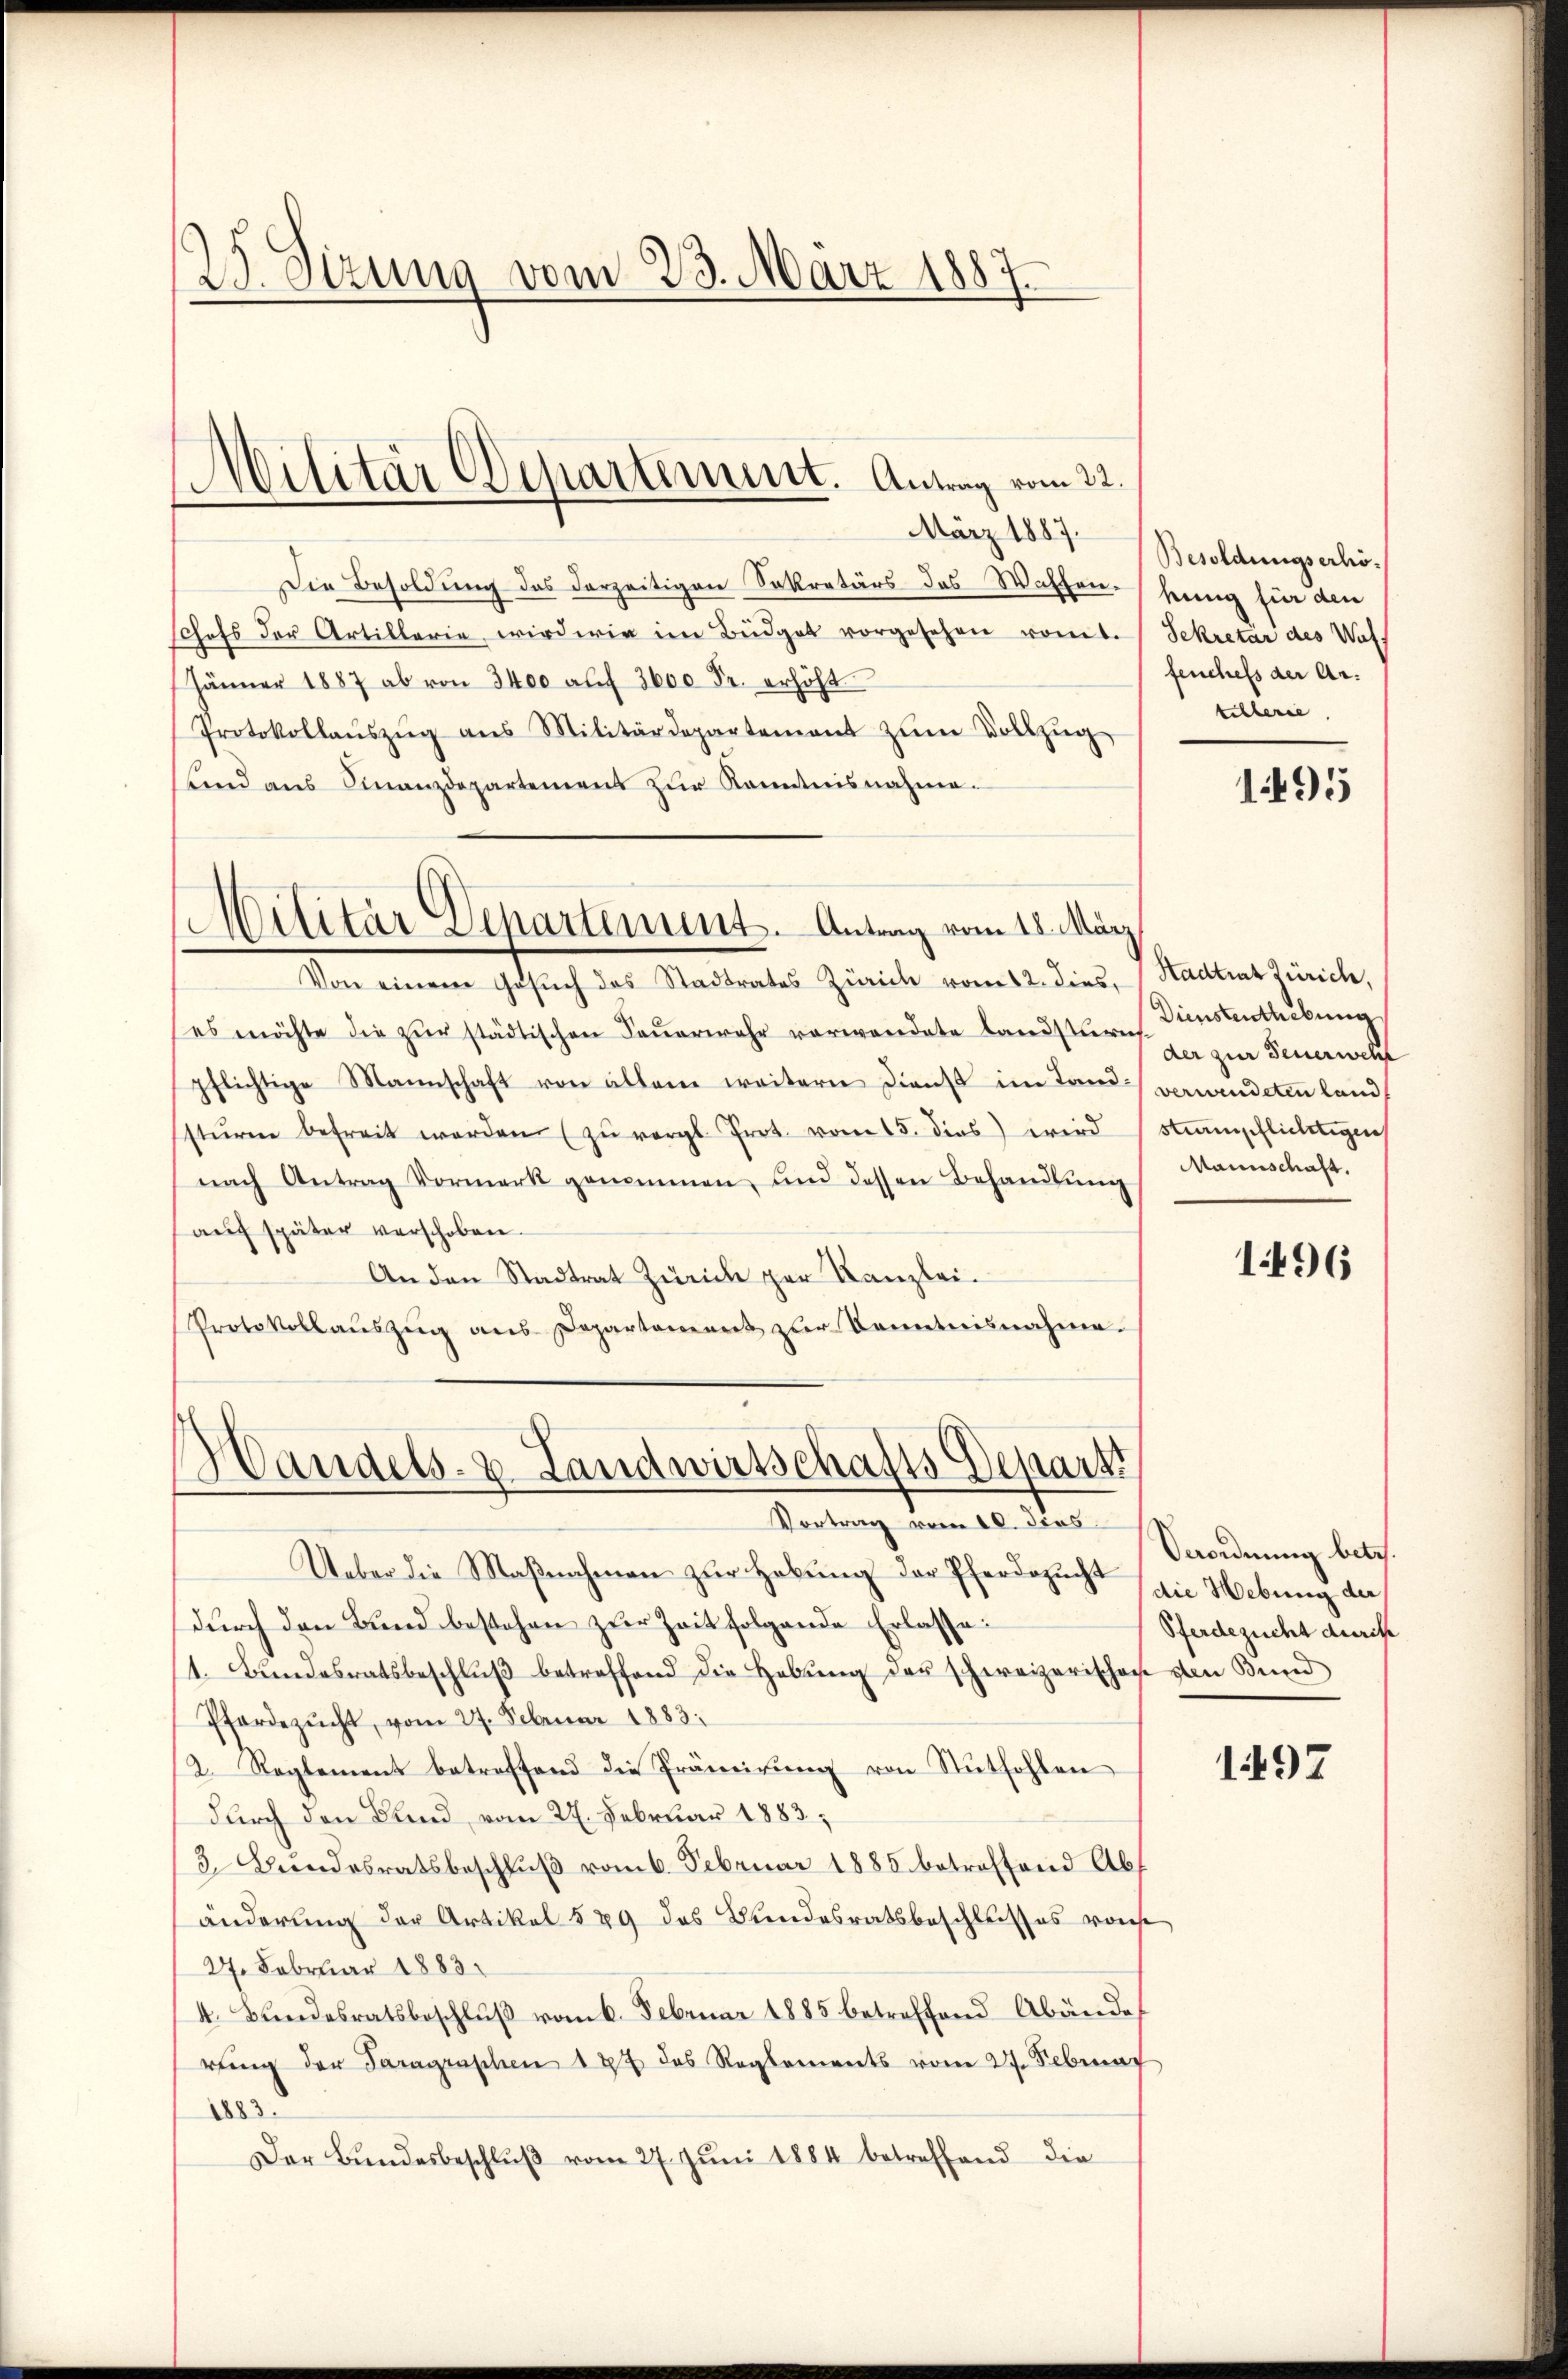
23. Sizung vom 23. März 1887.

März 1887.
Die Besoldung des derzeitigen Sekretärs des Waffen.
schefs der Artillarie wird wie im Büdget vorgesehen vonet.
Jänner 1887 ab von 3400 auf 3000 Fr. erhöht
Protokollaŭszŭg aŭs Militärdepartement zŭm Vollzŭg
unnd aus Finanzdepartement zur Kenntnisnahme.

Militär Departement. Antrag vom 22.

Militär Departement. Antrag vom 18. März

Von einem Gesŭch des Stadtrates Zürich vom 12. dies. Stadtrat Zürich,
es möchte die zŭr städtischen Feŭerwehr verwendete Landsturm
pflichtige Mannschaft von allem weitern Dienst im Land verwendeten land,
stŭrm befreit werden (zŭ vergl. Prot. vom 15. dies wird stampflichtigen
nach Antrag Vormerk genommen, und dessen Behandlŭng
auf später verschoben.
An den Stadtrat Zürich per Kanzlei.
Protokollaŭszŭg ans Departement zŭr Kenntnisnahme.

Handels- u. Landwirtschafts Depart
Vortrag vom 10. Jens

Ueber die Maβnahmen zŭr Hebŭng der Pferdezucht die Hebung der
durch den Bund bestehen zur Zeit folgende Erlasse:
(1. Bundesratsbeschluß betreffend die Hebung der schweizerischon von Bund
Pferdezucht, vom 27. Februar 1883.
2. Reglement betreffend die Prämirung von Stuthohlen
durch den Bund vom 22. Februar 1883,
3. Bundesratsbeschluß vom 6. Februar 1885 betreffend Abf
änderung der Artikel 529 des Bundesratsbeschlußes vonse
27. Februar 1883.
4. Bŭndesratsbeschlŭβ vom 6. Februar 1885 betreffend Abändertung der Paragenschen 187 das Reglements vom 27. Februar
125
Der Bŭndesbeschlŭβ vom 27. Jŭni 1884 betreffend die

Besoldungserhökung für den
Sekretär des Wass
fenchefs der Artilberie

1495

Dienstenthebung
der zur Feuerwelt
Mannschaft.

1496

Verordnung betr.
Pferdezucht durch

1497